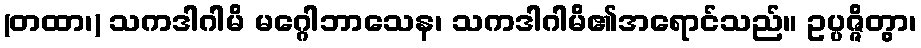
(တထာ၊) သကဒါဂါမိ မဂ္ဂေါဘာသေန၊ သကဒါဂါမိ၏အရောင်သည်။ ဥပ္ပဇ္ဇိတွာ၊